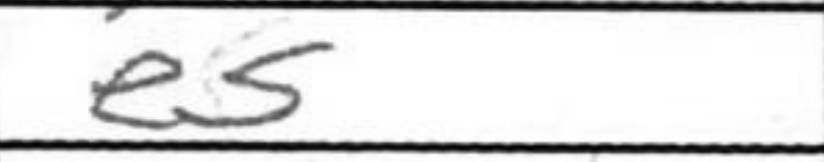
Transcription: e5